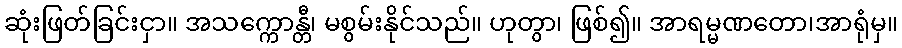
ဆုံးဖြတ်ခြင်းငှာ။ အသက္ကောန္တီ၊ မစွမ်းနိုင်သည်။ ဟုတွာ၊ ဖြစ်၍။ အာရမ္မဏတော၊အာရုံမှ။